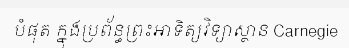
បំផុត ក្នុងប្រព័ន្ធព្រះអាទិត្យវិទ្យាស្ថាន Carnegie